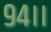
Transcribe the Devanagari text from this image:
९४।।